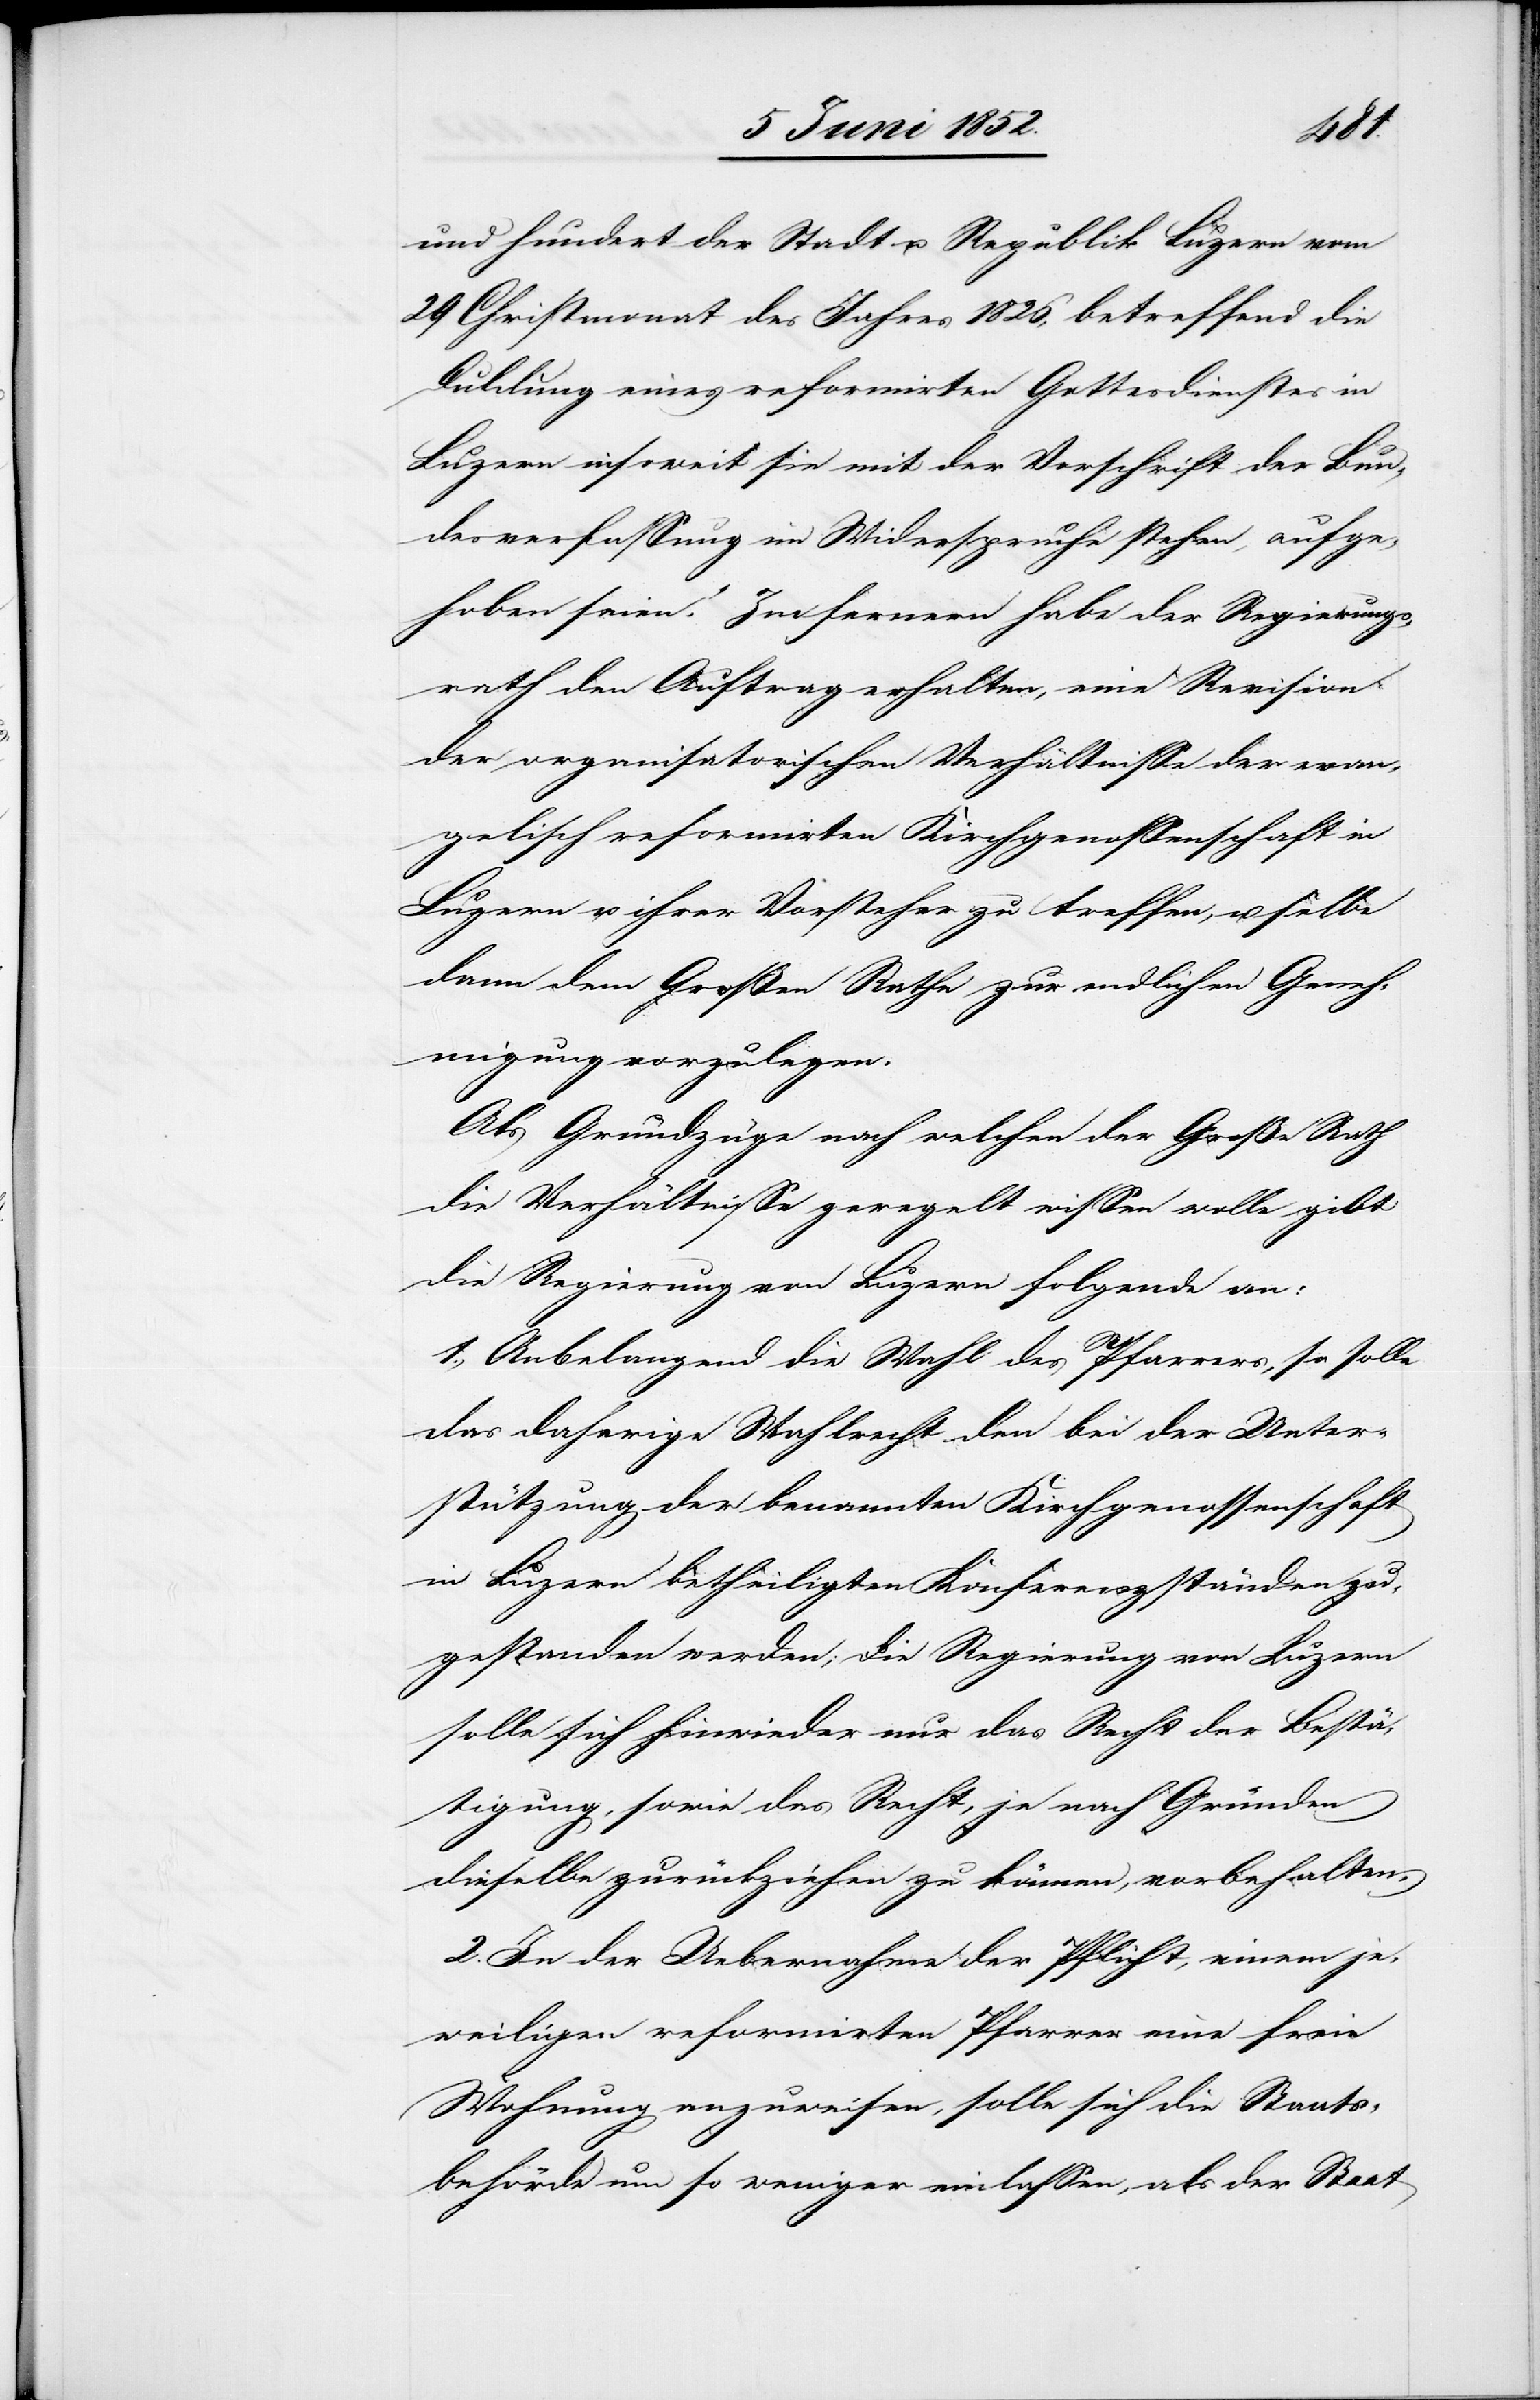
und hundert der Stadt u. Republik Luzern vom
29 Christmonat des Jahres 1826, betreffend die
Duldung eines reformirten Gottesdienstes in
Luzern insoweit sie mit der Vorschrift der Bun¬
desverfassung im Widerspruche stehen, aufge¬
hoben seien.“ Im fernern habe der Regierungs¬
rath den Auftrag erhalten, eine Revision
der organisatorischen Verhältnisse der evan¬
gelisch reformirten Kirchgenossenschaft in
Luzern u. ihrer Vorsteher zu treffen, u. selbe
dann dem Großen Rathe zur endlichen Geneh¬
migung vorzulegen.
Als Grundzüge nach welchen der Große Rath
die Verhältnisse geregelt wissen wolle gibt
die Regierung von Luzern folgende an:
1., Anbelangend die Wahl des Pfarrers, so solle
das daherige Wahlrecht den bei der Unter¬
stützung der benannten Kirchgenossenschaft
in Luzern betheiligten Konferenzständen zu¬
gestanden werden; die Regierung von Luzern
solle sich hinwieder nur das Recht der Bestä¬
tigung, sowie das Recht, je nach Gründen
dieselbe zurückziehen zu können, vorbehalten.
2. In der Uebernahme der Pflicht, einem je¬
weiligen reformirten Pfarrer eine freie
Wohnung anzuweisen, solle sich die Staats¬
behörde um so weniger einlassen, als der Staat